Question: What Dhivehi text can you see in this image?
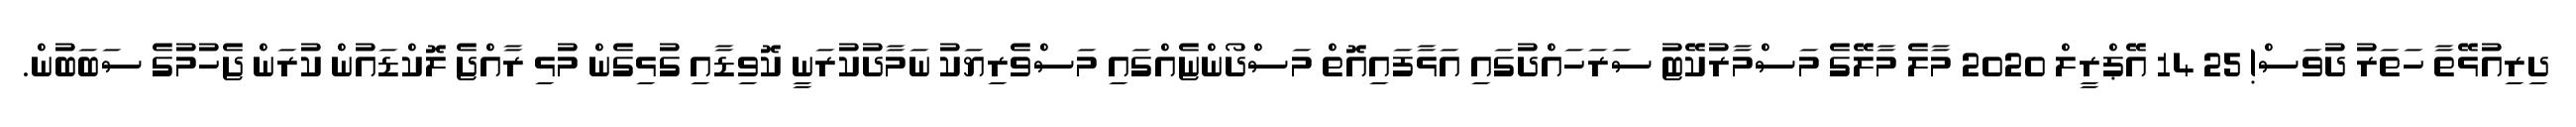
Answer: ދިރިއުޅޭތާ ހަތަރު ދުވަސް! 25 14 އޭޕްރީލް 2020 މާލެ މާލޭގެ މަސްމާރުކޭޓު ސަރަހައްދުގައި އަޅާފައިއޮތް މަސްދޯންޏެއްގައި މަސްވެރިޔަކު ނަމާދުކުރަނީ ކޮވިޑާއި ގުޅިގެން މުޅި ރާއްޖެ ލޮކްޑައުން ކުރަން ޖެހުމުގެ ސަބަބުން.